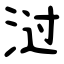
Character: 㳡